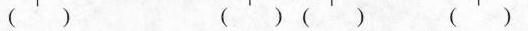
(') (')() (')